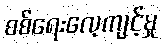
စစ်ရေးလေ့ကျင့်မှု